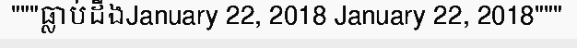
"""ធ្លាប់ដឹងJanuary 22, 2018 January 22, 2018"""